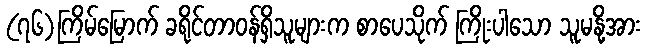
(၇၆)ကြိမ်မြောက် ခရိုင်တာဝန်ရှိသူများက စာပေသိုက် ကြိုးပါသော သူမနို့အား